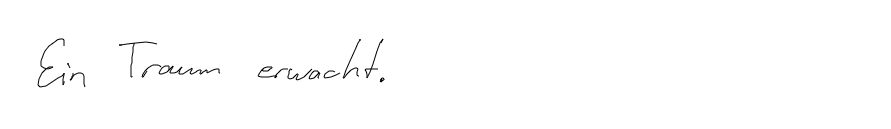
Ein Traum erwacht.